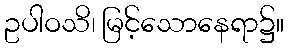
ဥပါဝသိ၊ မြင့်သောနေရာ၌။